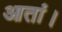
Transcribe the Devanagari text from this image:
आतां।